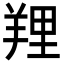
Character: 𦎐